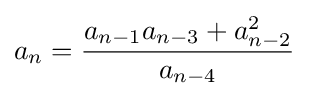
a_{n}={\frac {a_{n-1}a_{n-3}+a_{n-2}^{2}}{a_{n-4}}}